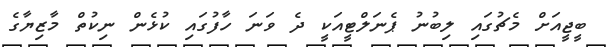
ބީޖީއަށް މެޗުގައި ލިބުނު ޕެނަލްޓީއަކީ ދެ ވަނަ ހާފުގައި ކުޅެން ނިކުތް މާޒިޔާގެ